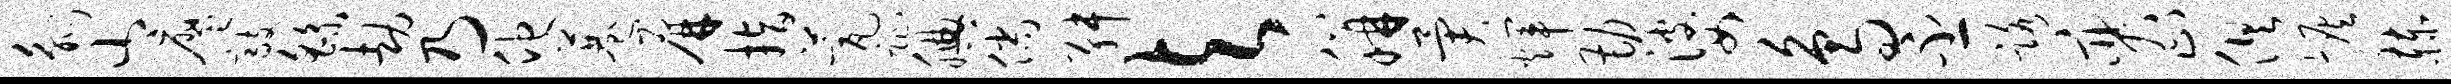
觚山廖敲繇劫乃他巷屏指甍趾腆倘舛与胼异辉勘婆鸟丕路奕止俱恢赫